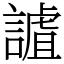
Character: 謯